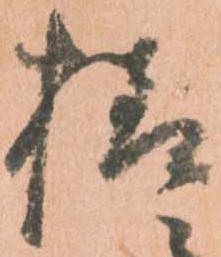
様